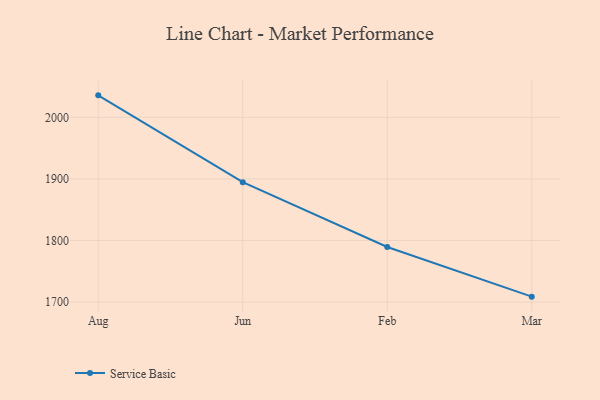
{"axis": {"x": "Month", "y": "Page Views"}, "legend": ["Service Basic"], "data": [{"x": "Aug", "y": 2035.7, "type": "Service Basic"}, {"x": "Jun", "y": 1894.8, "type": "Service Basic"}, {"x": "Feb", "y": 1789.5, "type": "Service Basic"}, {"x": "Mar", "y": 1708.9, "type": "Service Basic"}]}